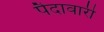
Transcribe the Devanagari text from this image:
पैदावारी